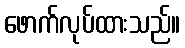
ဖောက်လုပ်ထားသည်။